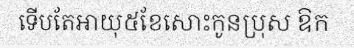
ទើបតែអាយុ៥ខែសោះកូនប្រុស ឱក